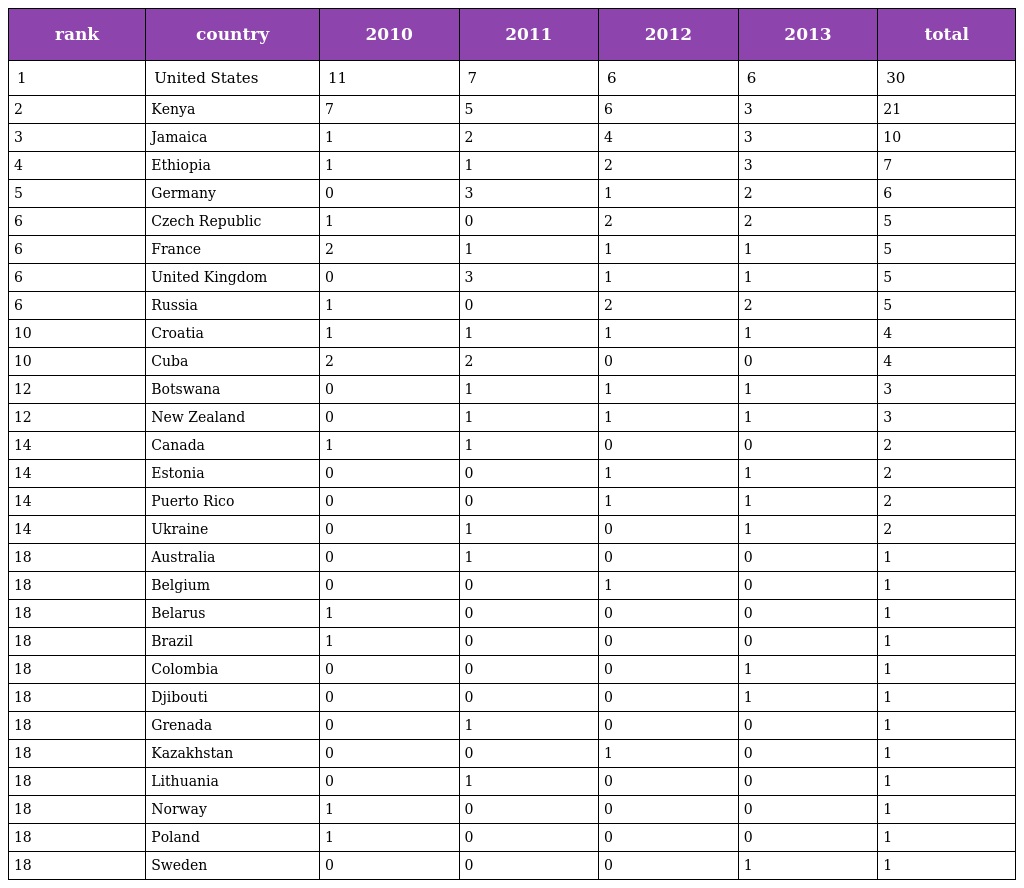
| rank | country | 2010 | 2011 | 2012 | 2013 | total |
 | --- | --- | --- | --- | --- | --- | --- |
 | 1 | United States | 11 | 7 | 6 | 6 | 30 |
 | 2 | Kenya | 7 | 5 | 6 | 3 | 21 |
 | 3 | Jamaica | 1 | 2 | 4 | 3 | 10 |
 | 4 | Ethiopia | 1 | 1 | 2 | 3 | 7 |
 | 5 | Germany | 0 | 3 | 1 | 2 | 6 |
 | 6 | Czech Republic | 1 | 0 | 2 | 2 | 5 |
 | 6 | France | 2 | 1 | 1 | 1 | 5 |
 | 6 | United Kingdom | 0 | 3 | 1 | 1 | 5 |
 | 6 | Russia | 1 | 0 | 2 | 2 | 5 |
 | 10 | Croatia | 1 | 1 | 1 | 1 | 4 |
 | 10 | Cuba | 2 | 2 | 0 | 0 | 4 |
 | 12 | Botswana | 0 | 1 | 1 | 1 | 3 |
 | 12 | New Zealand | 0 | 1 | 1 | 1 | 3 |
 | 14 | Canada | 1 | 1 | 0 | 0 | 2 |
 | 14 | Estonia | 0 | 0 | 1 | 1 | 2 |
 | 14 | Puerto Rico | 0 | 0 | 1 | 1 | 2 |
 | 14 | Ukraine | 0 | 1 | 0 | 1 | 2 |
 | 18 | Australia | 0 | 1 | 0 | 0 | 1 |
 | 18 | Belgium | 0 | 0 | 1 | 0 | 1 |
 | 18 | Belarus | 1 | 0 | 0 | 0 | 1 |
 | 18 | Brazil | 1 | 0 | 0 | 0 | 1 |
 | 18 | Colombia | 0 | 0 | 0 | 1 | 1 |
 | 18 | Djibouti | 0 | 0 | 0 | 1 | 1 |
 | 18 | Grenada | 0 | 1 | 0 | 0 | 1 |
 | 18 | Kazakhstan | 0 | 0 | 1 | 0 | 1 |
 | 18 | Lithuania | 0 | 1 | 0 | 0 | 1 |
 | 18 | Norway | 1 | 0 | 0 | 0 | 1 |
 | 18 | Poland | 1 | 0 | 0 | 0 | 1 |
 | 18 | Sweden | 0 | 0 | 0 | 1 | 1 |